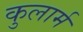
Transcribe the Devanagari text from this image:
कुलार्म